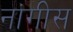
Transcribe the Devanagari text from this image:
नांगीस